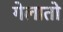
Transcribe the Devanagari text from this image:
गेलातो